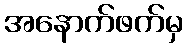
အနောက်ဖက်မှ